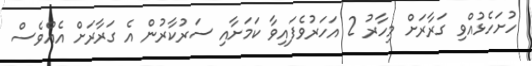
ހުށަހެޅުއްވި ގަރާރަށް މިހާރު 2 އަހަރުވެފައިވާ ކަމަށާއި ސަރުކާރުން އެ ގަރާރަށް އެއްވެސް